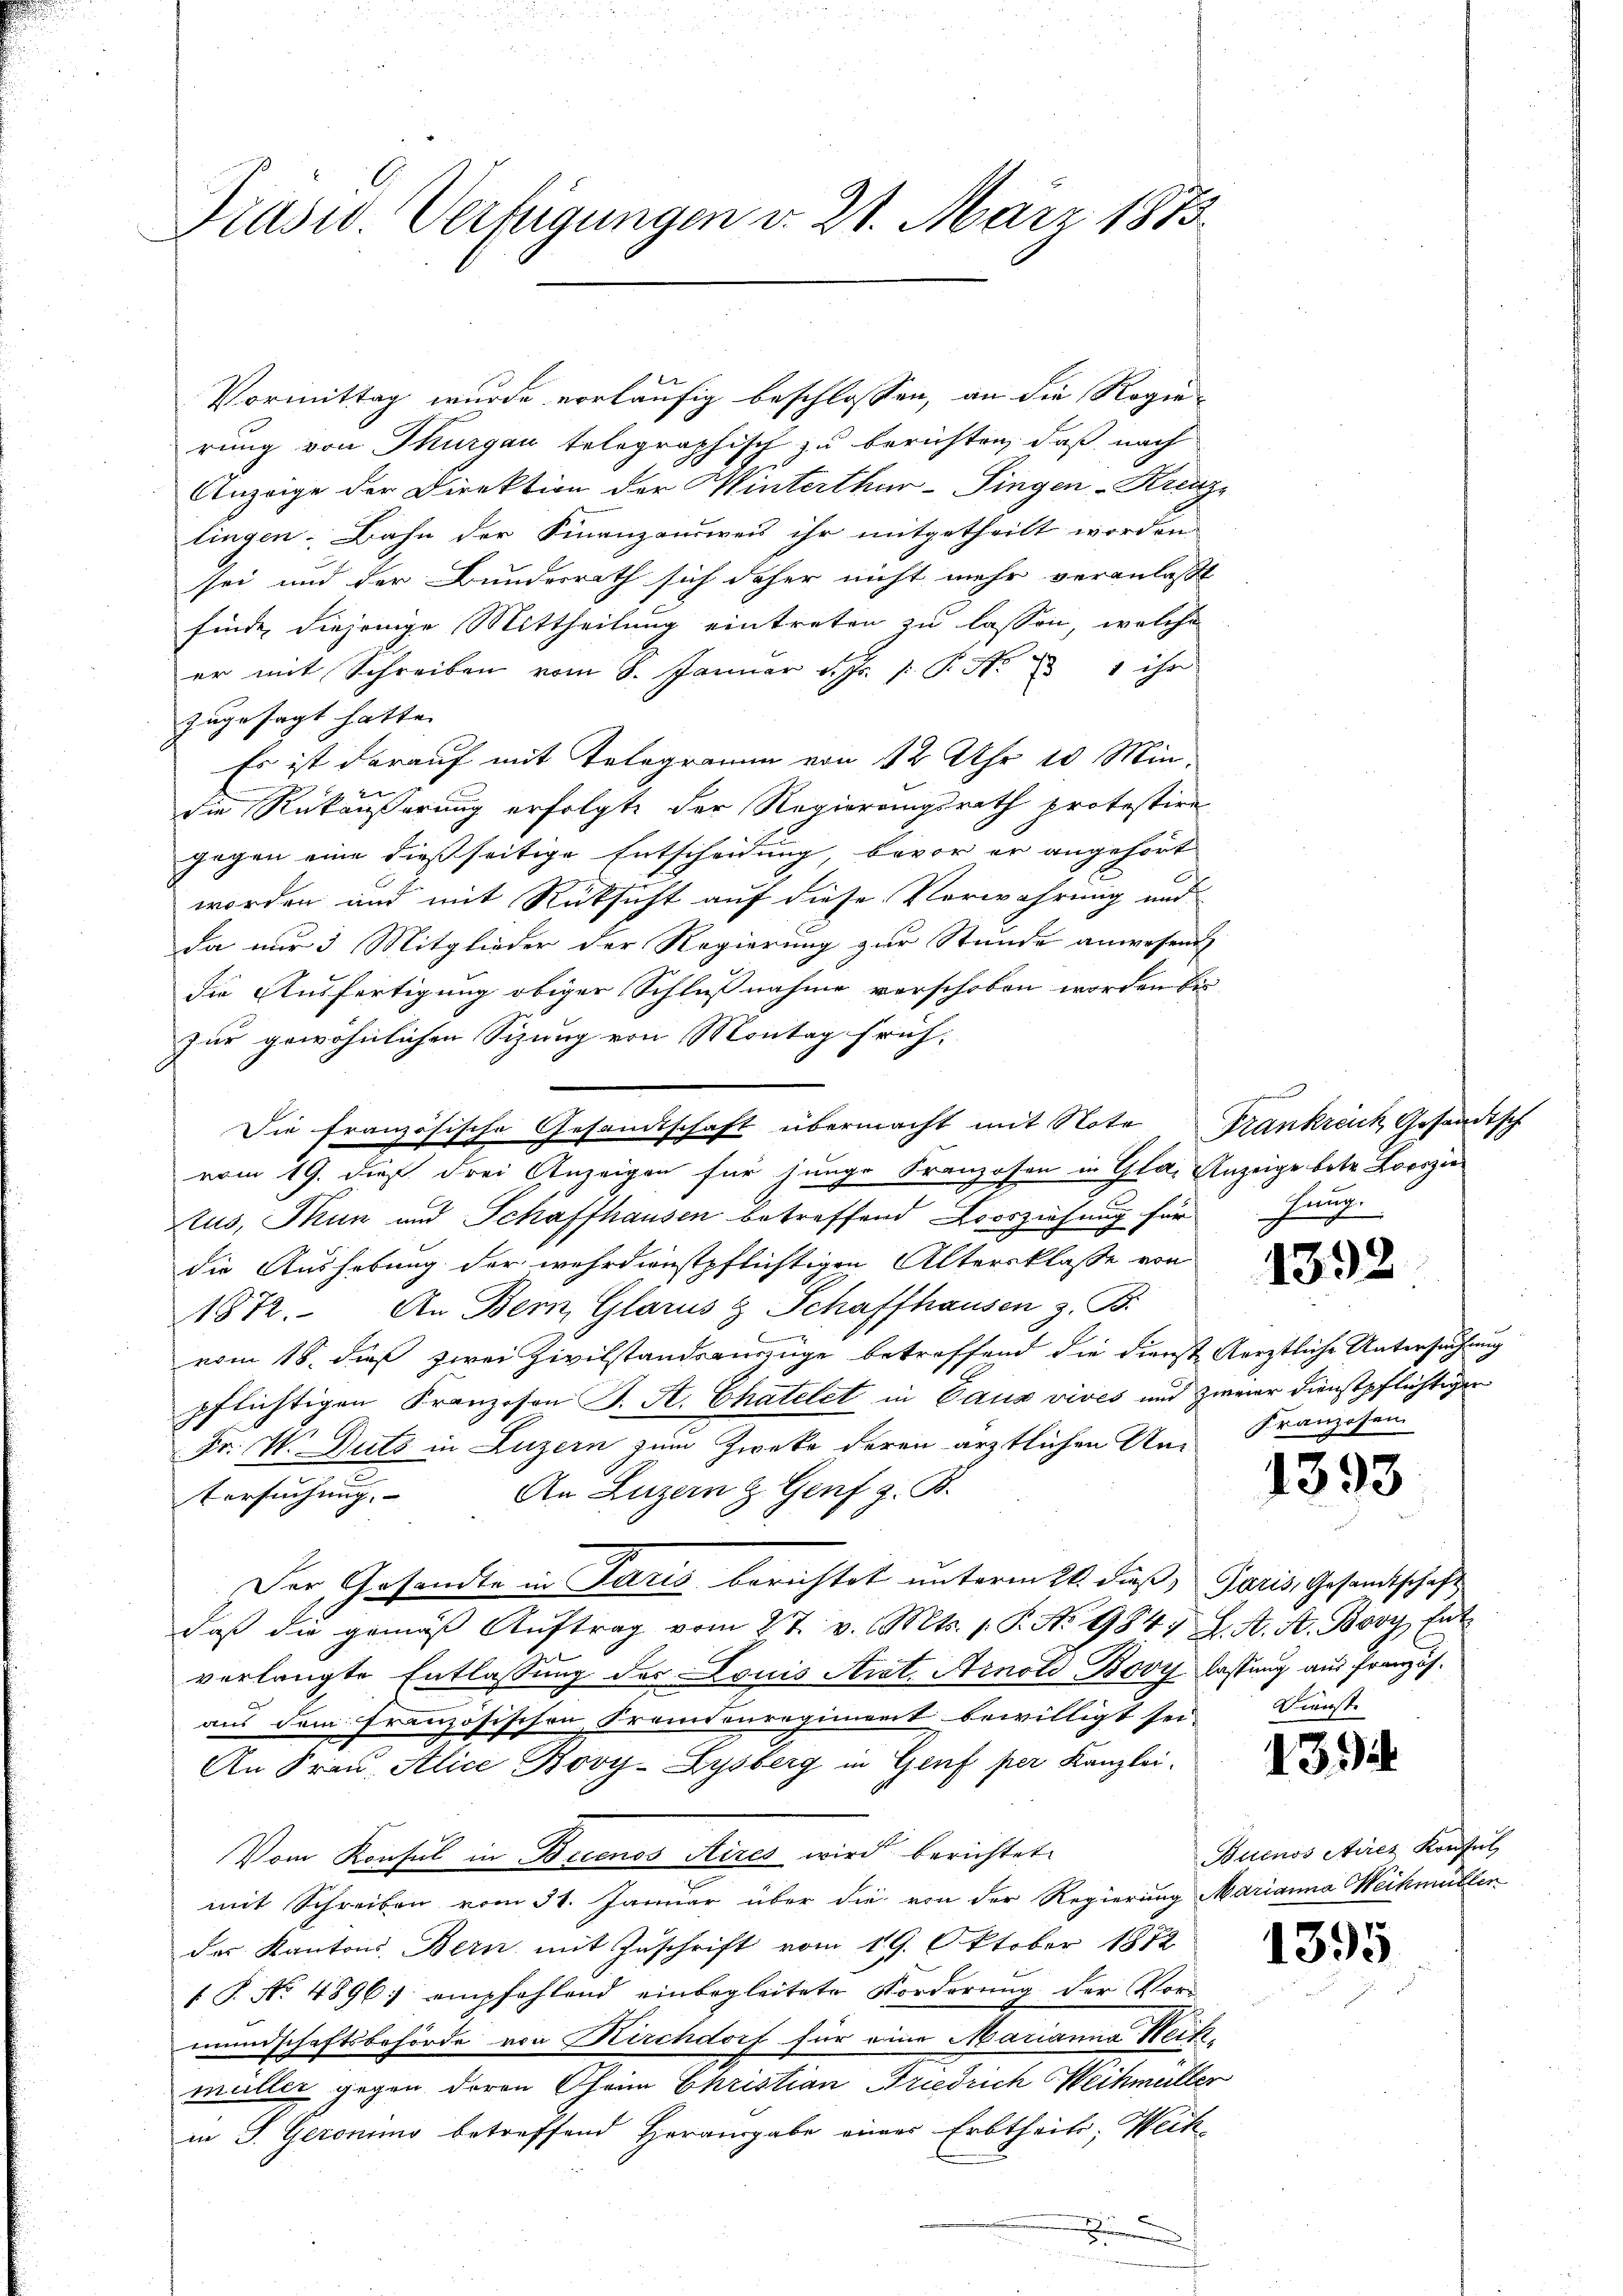
Trusw. Verfügungen d. 21. März 1873

e
Vormittag wurde vorläufig beschlossen, an die Regierung von Thurgau telegraphisch zu berichten, daß nach
Anzeige der Direktion der Winterthur–Singen-Krenze
lingen. Bahn der Finanzausweis ihr mitgetheilt worden
sei und der Bundesrath sich daher nicht mehr veranlaßt
finde diejenige Mittheilung eintreten zu lassen, welche
er mit Schreiben vom 8. Januar d. Js. p. P. Nr. 331 ihr
zugesagt hatte. |
Es ist darauf mit Telegramm von 12 Uhr 10 Minn
die Rückäußerung erfolgte der Regierungsrath protestire
gegen eine dießseitige Entscheidung, bevor er angehört
worden und mit Rücksicht auf diese Verwahrung und
Da nur 3 Mitglieder der Regierung zur Stunde anwesend
die Ausfertigung obiger Schlußnahme verschoben worden bei
zur gewöhnlichen Sizung von Montag früh,
Die französische Gesandtschaft übermacht mit Note Frankreich, Gesandtsch
vom 19. dieß drei Anzeigen für junge Franzosen in Gla. Anzeige betr. Looszie
tus, Thun und Schaffhausen betreffend Loosziehung für
die Aushebung der wehrdienstpflichtigen Altersklasse von
1872. An Bern, Glarus & Schaffhausen z. B.
vom 18. dieß zwei Zivilstandsauszüge betreffend die dienste Aerztliche Untersuchung
pflichtigen Kranzosen S. K. Chatelet in Caus vives und Zimer dienstpflichtiger
Fr. V. Guts in Luzern zum Zweke deren ärztlichen An-
An Luzern z. Genf z. B.
Versuchung. |
Der Gesandte in Paris berichtet unterm 21. dieß, Paris, Gesandtschaft
daß die gemäβ Aŭftrag vom 27. v. Mts. 1. P. Nr. 9847 J. A. A. Bovy Ent
verlangte Entlassung des Louis Art. Arnold Bovy lassung aus Französaus dem französischen Fremdenregiment bewilligt sei.
An Frau Alice Bovy-Zysberg in Genf per Kanzlei-
Vom Konsul in Breenos Aires wird berichtet,
mit Schreiben vom 31. Januar über die von der Regierung Marianna Weihmüllen
des Kantons Bern mit Zuschrift vom 19. Oktober 1872
 P. No. 4896, empfehlend einbegleitete Forderung der Vor-
mundschaftsbehörde von Kirchdorf für eine Marianna Weihmüller gegen deren Oheim Christian Friedrich Weihmerler
in S. Geronung betreffend Herausgabe eines Erbtheils, Weih
gen
A
e

2

hung

139.

Kranzosen

1393

Dienste

13

Buenos Aires Konsul

1395